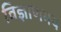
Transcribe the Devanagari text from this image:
विज्ञाणमय